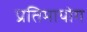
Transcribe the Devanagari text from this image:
प्रतिमायोग